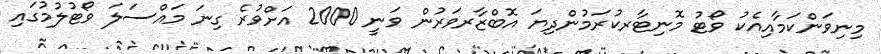
މިނިވަންކަމާއިއެކު ވޯޓު މޮނިޓާރކުރަމުންދިޔަ އޮބްޒާރވަރުން ވަނީ 2000 އަށްވުރެ ގިނަ މައްސަލަ ވޯޓުލުމުގައި